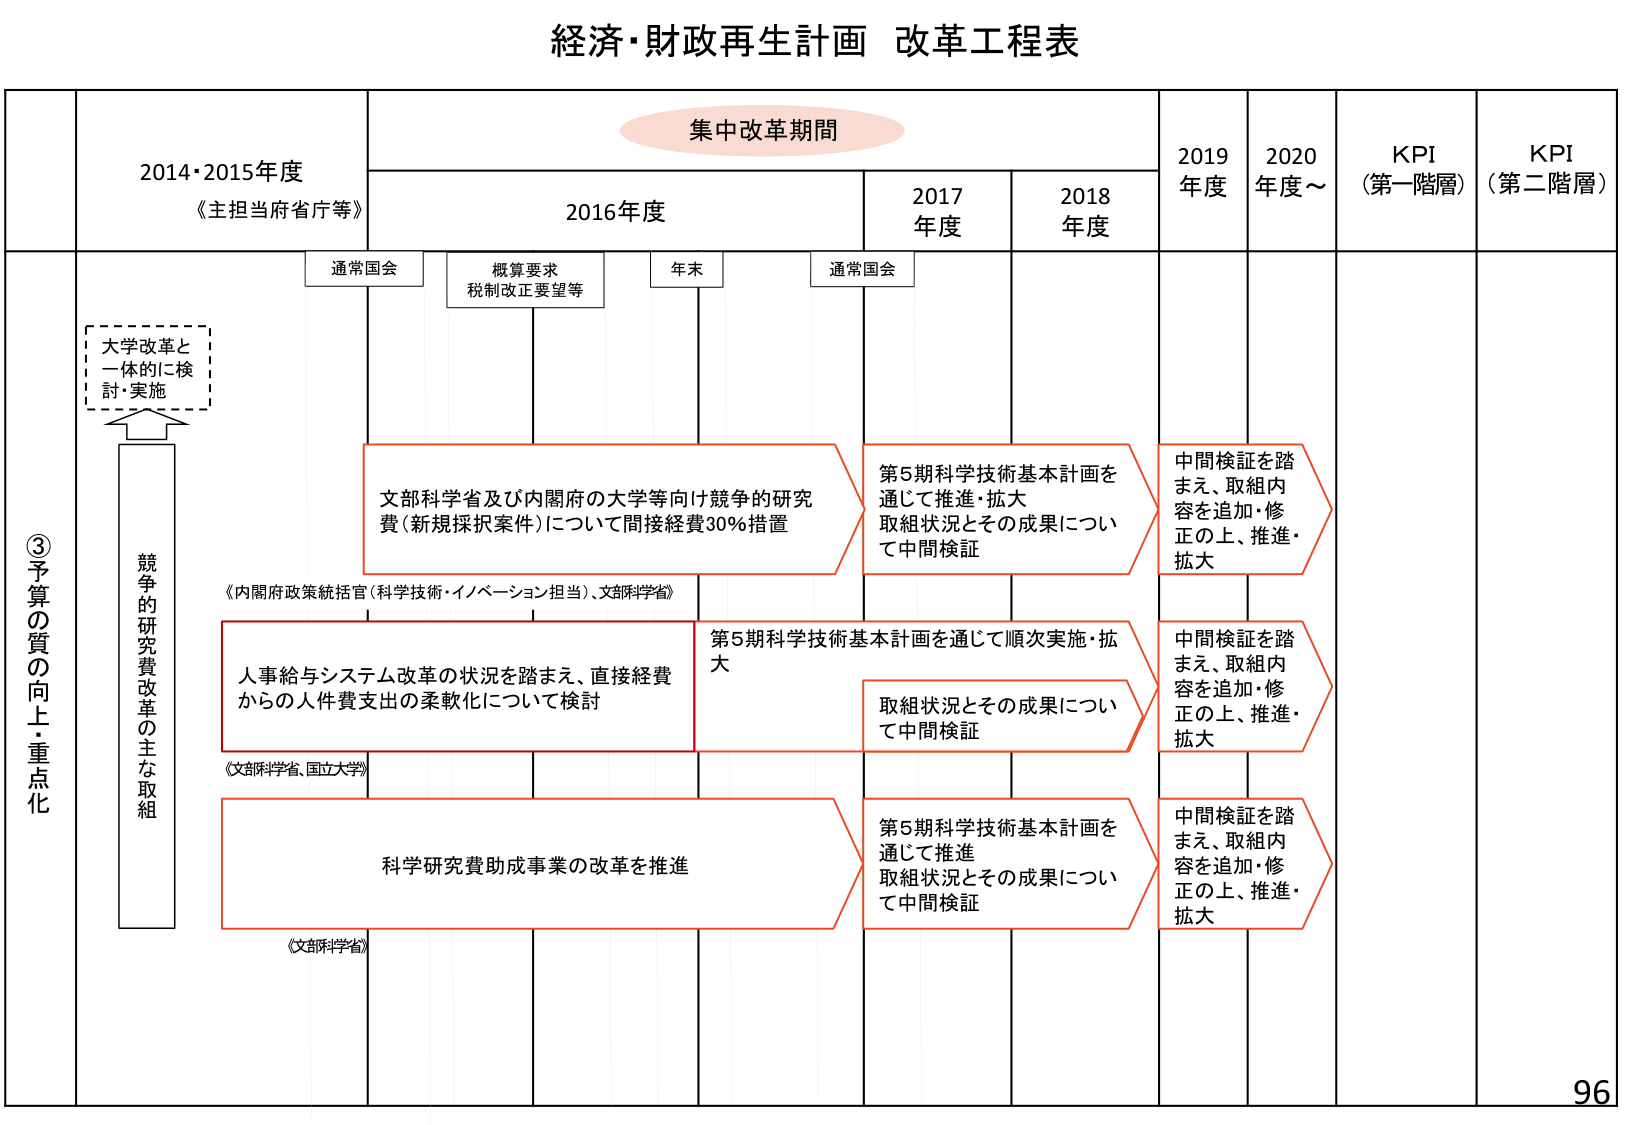
経済・財政再生計画 改革工程表

集中改革期間

2014・2015年度
《主担当府省庁等》

2016年度

2017年度

2018年度

2019年度

2020年度～

KPI
（第一階層）

KPI
（第二階層）

通常国会

概算要求
税制改正要望等

年末

通常国会

③予算の質の向上・重点化

大学改革と
一体的に検
討・実施

競争的研究費改革の主な取組

文部科学省及び内閣府の大学等向け競争的研究費（新規採択案件）について間接経費30％措置

第5期科学技術基本計画を通じて推進・拡大
取組状況とその成果について中間検証

中間検証を踏まえ、取組内容を追加・修正の上、推進・拡大

《内閣府政策統括官（科学技術・イノベーション担当）、文部科学省》

人事給与システム改革の状況を踏まえ、直接経費からの人件費支出の柔軟化について検討

第5期科学技術基本計画を通じて順次実施・拡大

取組状況とその成果について中間検証

中間検証を踏まえ、取組内容を追加・修正の上、推進・拡大

《文部科学省、国立大学》

科学研究費助成事業の改革を推進

第5期科学技術基本計画を通じて推進
取組状況とその成果について中間検証

中間検証を踏まえ、取組内容を追加・修正の上、推進・拡大

《文部科学省》

96